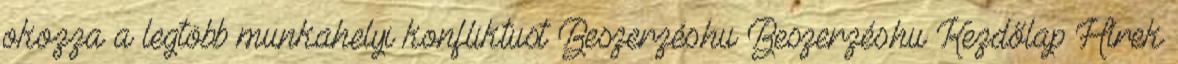
okozza a legtöbb munkahelyi konfliktust Beszerzés.hu Beszerzés.hu Kezdőlap Hírek